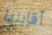
أقابلها